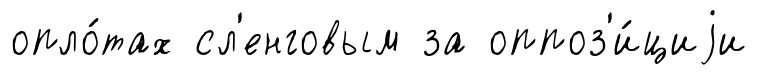
опло́тах сл'енговым за оппоз'и́циjи